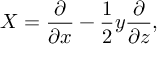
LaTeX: X = { \frac { \partial } { \partial x } } - { \frac { 1 } { 2 } } y { \frac { \partial } { \partial z } } ,